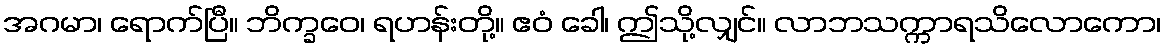
အဂမာ၊ ရောက်ပြီ။ ဘိက္ခဝေ၊ ရဟန်းတို့။ ဧဝံ ခေါ၊ ဤသို့လျှင်။ လာဘသက္ကာရသိလောကော၊